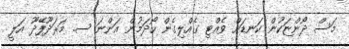
މަސް ދޯންޏަކުން ކަނޑަށް ވެއްޓި ގެއްލިގެން ހޯދަމުން އަންނަ ސ. މަރަދޫފޭދޫ އަލީ